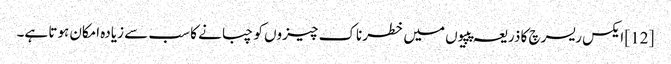
[12] ایکس ریسرچ کا ذریعہ پپیوں میں خطرناک چیزوں کو چبانے کا سب سے زیادہ امکان ہوتا ہے۔